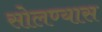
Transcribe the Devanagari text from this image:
सोलण्यास